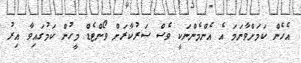
އެހެން ކަމަށްވާނަމަ އެ އެންމެންނަކީ ވެސް ސަރުކާރަށް ވޯންޓެޑް މީހުން ކަމުގައިވާ އިރު